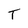
Character: T